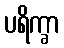
ပရိက္ခာ